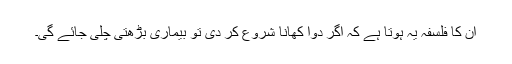
ان کا فلسفہ یہ ہوتا ہے کہ اگر دوا کھانا شروع کر دی تو بیماری بڑھتی چلی جائے گی۔